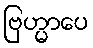
ဗြဟ္မာပေ